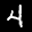
Label: 4